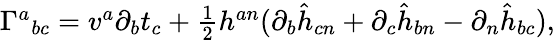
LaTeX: \begin{array}{r}{\Gamma^{a}{}_{bc}=v^{a}\partial_{b}t_{c}+\frac{1}{2}h^{an}(\partial_{b}\hat{h}_{cn}+\partial_{c}\hat{h}_{bn}-\partial_{n}\hat{h}_{bc}),}\end{array}